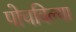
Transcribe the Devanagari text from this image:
पोचविल्या